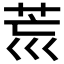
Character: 𦮋